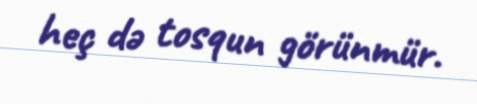
heç də tosqun görünmür.